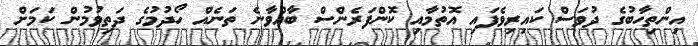
އިންތިހާބުގެ ދުވަސް ކައިރިވެފައި އޮތުމާއި ކޮންފަރެންސް ބާއްވާނެ ތަނެއް ހޯދުމުގެ ދަތިވުމުން ކަމަށް